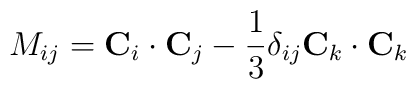
M_{ij} =  {\bf C}_i\cdot {\bf C}_j    - {1\over 3} \delta_{ij} {\bf C}_k \cdot {\bf C}_k